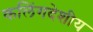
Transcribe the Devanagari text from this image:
कलिंगदेशीय